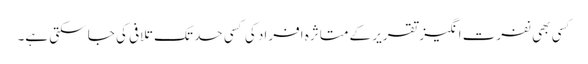
کسی بھی نفرت انگیز تقریر کے متاثرہ افراد کی کسی حد تک تلافی کی جا سکتی ہے۔